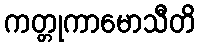
ကတ္တုကာမောသီတိ